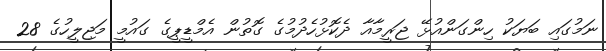
ނަމުގައި ބަޔަކު ހިންގަންއުޅޭ ޖަރީމާއާ ދެކޮޅުހެދުމުގެ ގޮތުން އެމްޑީޕީގެ ގައުމީ މަޖިލީހުގެ 28